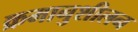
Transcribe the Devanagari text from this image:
क्रमानुशीलन